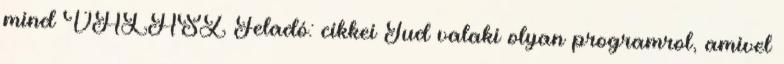
mind VÁLASZ Feladó: cikkei Tud valaki olyan programrol, amivel